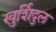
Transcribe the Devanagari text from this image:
खुर्शिदुल